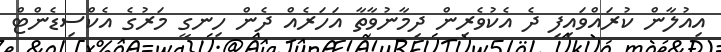
އިއުލާން ކުރައްވައިފި ދެ އެކުވެރިން ދިމާނުވާތާ އަހަރެއް ދެން ހިނގީ މަރުގެ އެކްސިޑެންޓް